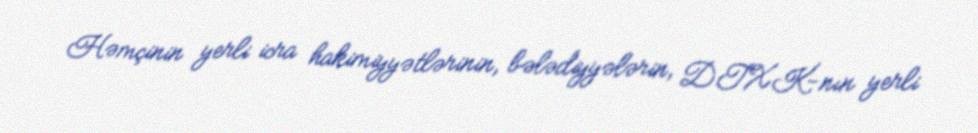
Həmçinin yerli icra hakimiyyətlərinin, bələdiyyələrin, DTXK-nın yerli